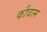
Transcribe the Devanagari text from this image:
कौवाम